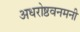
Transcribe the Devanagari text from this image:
अधरोष्ठवनमनी